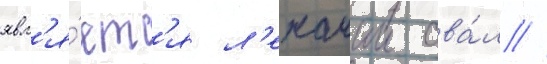
явл'я́етс'я л'ежачии ова́л /